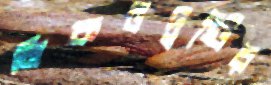
নিকটদৃষ্টির